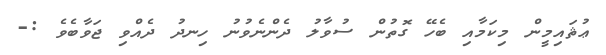
ޢުޘައިމީން މިކަމާއި ބެހޭ ގޮތުން ސުވާލު ދެންނެވުނު ހިނދު ދެއްވި ޖަވާބެވެ :-